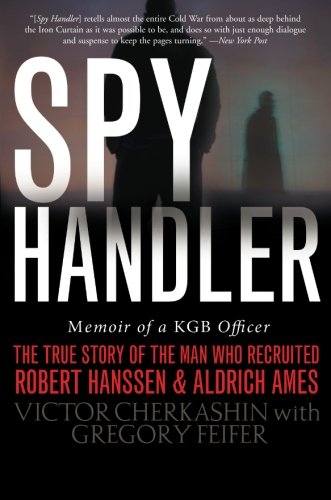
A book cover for Spy Handler: Memoir of a KGB Officer - The True Story of the Man Who Recruited Robert Hanssen and Aldrich Ames; Victor Cherkashin; Biographies & Memoirs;